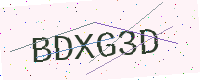
Text: BDXG3D